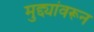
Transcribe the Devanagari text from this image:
मुद्द्यांवरून